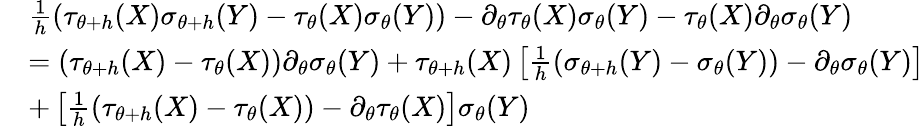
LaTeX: \begin{array}{rl}&{\frac{1}{h}\left(\tau_{\theta+h}(X)\sigma_{\theta+h}(Y)-\tau_{\theta}(X)\sigma_{\theta}(Y)\right)-\partial_{\theta}\tau_{\theta}(X)\sigma_{\theta}(Y)-\tau_{\theta}(X)\partial_{\theta}\sigma_{\theta}(Y)}\\ &{=\left(\tau_{\theta+h}(X)-\tau_{\theta}(X)\right)\partial_{\theta}\sigma_{\theta}(Y)+\tau_{\theta+h}(X)\left[\frac{1}{h}\left(\sigma_{\theta+h}(Y)-\sigma_{\theta}(Y)\right)-\partial_{\theta}\sigma_{\theta}(Y)\right]}\\ &{+\left[\frac{1}{h}\left(\tau_{\theta+h}(X)-\tau_{\theta}(X)\right)-\partial_{\theta}\tau_{\theta}(X)\right]\sigma_{\theta}(Y)}\end{array}